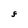
Character: F